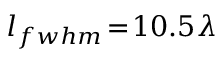
l _ { f w h m } \! = \! 1 0 . 5 \lambda